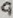
Text: 9